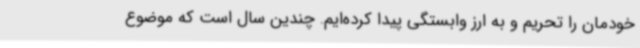
خودمان را تحریم و به ارز وابستگی پیدا کرده‌ایم. چندین سال است که موضوع